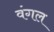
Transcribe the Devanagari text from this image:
वंगल